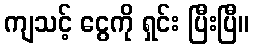
ကျသင့် ငွေကို ရှင်း ပြီးပြီ။